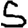
Digit: 5